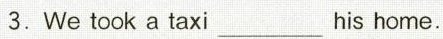
3.We took a taxi ___ his home.